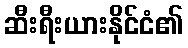
ဆီးရီးယားနိုင်ငံ၏